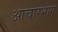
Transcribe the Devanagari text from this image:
आचारभाग